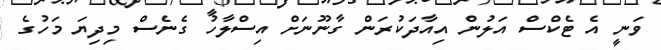
ވަނީ އެ ޓެކްސް އަލުން އިއާދަކުރަން ގާނޫނަށް އިސްލާހު ގެނެސް މިދިޔަ މަހުގެ